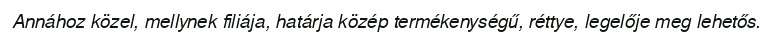
Annához közel, mellynek filiája, határja közép termékenységű, réttye, legelője meg lehetős.